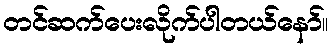
တင်ဆက်ပေးလိုက်ပါတယ်နော်။